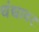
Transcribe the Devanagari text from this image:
धंद्यावर